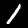
Digit: 1